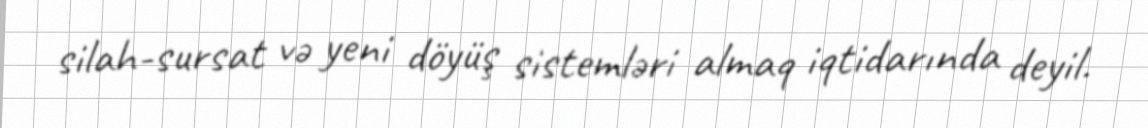
silah-sursat və yeni döyüş sistemləri almaq iqtidarında deyil.